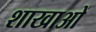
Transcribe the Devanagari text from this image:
शाखाआें